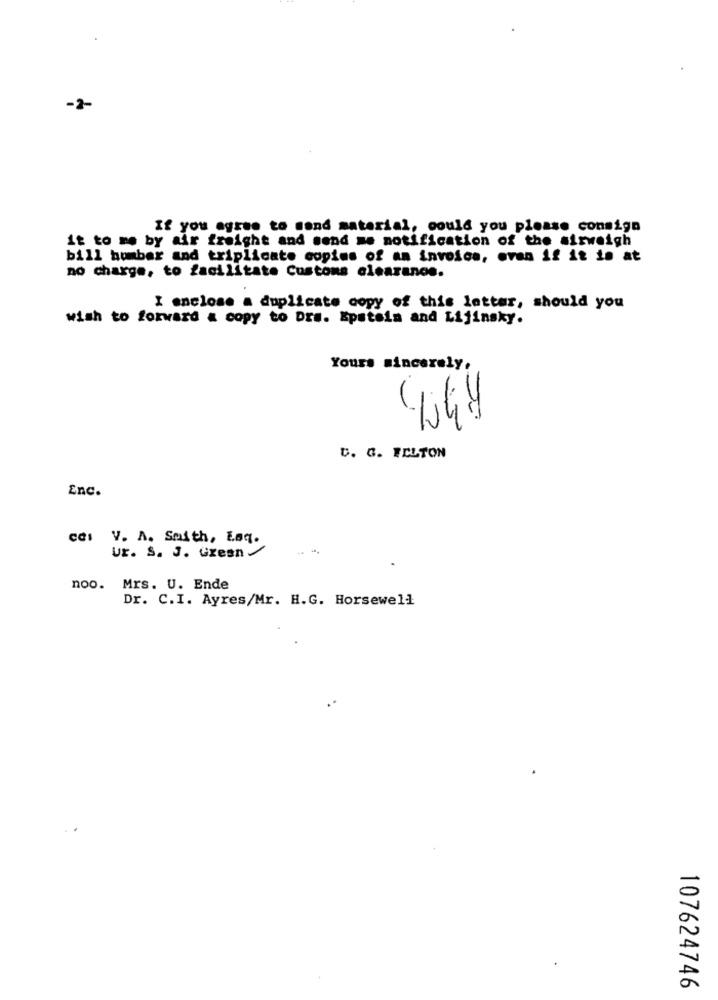
-2-
If you agree to mand material, could you please consign
it to me by air freight and send me notification of the airweigh
bill bomber and triplicate copies of an invoice, even if it is at
no charge, to facilitate Customs clearance.
I enclose a duplicate copy of this letter, should you
wish to forward & copy to Dra. Epstein and Lijinsky.
Yours sincerely,
C. G. FELTON
Enc.
cdi V. A. Smith, Esq.
Ur. S. J. Gzesn/
noo. Mrs. U. Ende
Dr. C.I. Ayres/Mr. H.G. Horsewell
107624746